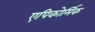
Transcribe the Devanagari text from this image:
एपिकोर्मिक